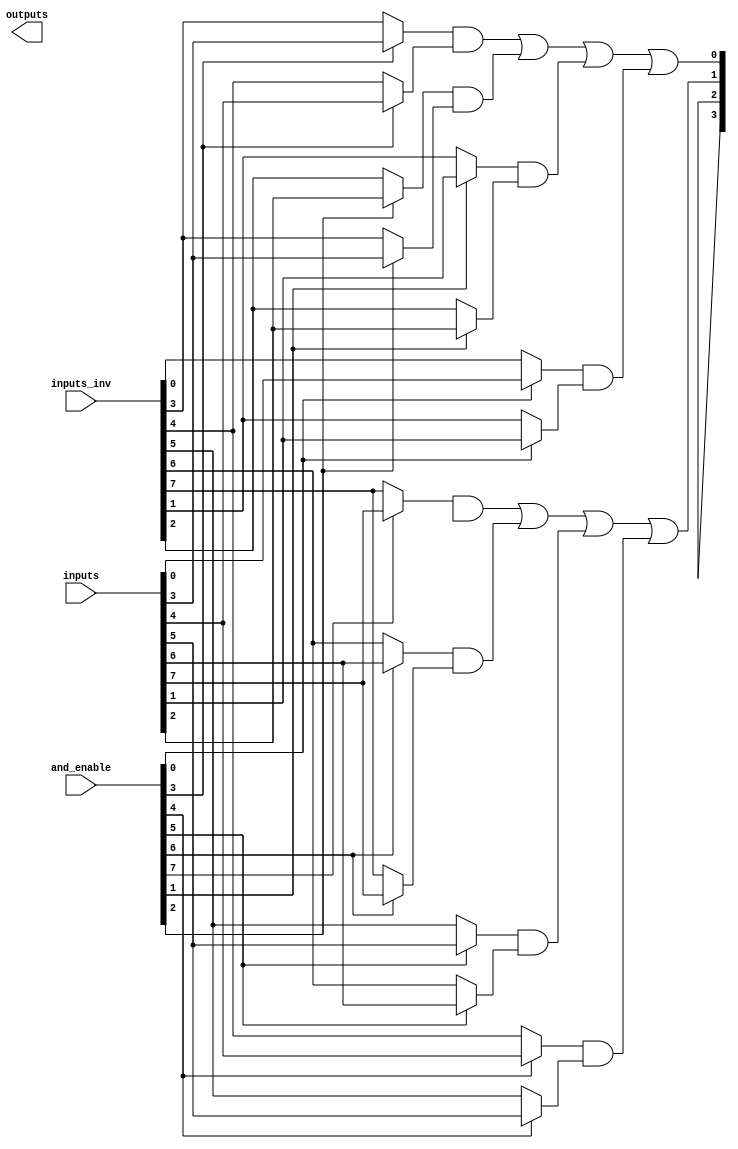
module hs_pal #(
    parameter NUM_INPUTS = 8,    // Number of inputs
    parameter NUM_AND_GATES = 16, // Number of programmable AND gates
    parameter NUM_OR_GATES = 4    // Number of fixed OR gates
)(
    input wire [NUM_INPUTS-1:0] inputs, // Input signals (A, B, C, ...)
    input wire [NUM_INPUTS-1:0] inputs_inv, // Inverted inputs
    input wire [NUM_AND_GATES-1:0] and_enable, // Configuration for AND gates
    output wire [NUM_OR_GATES-1:0] outputs // Output signals
);

// Programmable AND array
wire [NUM_AND_GATES-1:0] and_outputs; // Outputs from AND gates

genvar i, j;

// Generate programmable AND gates
generate
    for (i = 0; i < NUM_AND_GATES; i = i + 1) begin : and_gate
        wire and_input1 = (and_enable[i]) ? inputs[i] : inputs_inv[i];
        wire and_input2 = (and_enable[i]) ? inputs[i + 1] : inputs_inv[i + 1]; // Example for two inputs per AND gate
        assign and_outputs[i] = and_input1 & and_input2;
    end
endgenerate

// Fixed OR array
wire [NUM_OR_GATES-1:0] or_inputs[NUM_AND_GATES-1:0]; // Connections to OR gates

// Connect AND outputs to OR inputs (example configuration)
assign or_inputs[0] = {and_outputs[0], and_outputs[1], and_outputs[2], and_outputs[3]};
assign or_inputs[1] = {and_outputs[4], and_outputs[5], and_outputs[6], and_outputs[7]};
assign or_inputs[2] = {and_outputs[8], and_outputs[9], and_outputs[10], and_outputs[11]};
assign or_inputs[3] = {and_outputs[12], and_outputs[13], and_outputs[14], and_outputs[15]};

// Generate fixed OR gates
generate
    for (j = 0; j < NUM_OR_GATES; j = j + 1) begin : or_gate
        assign outputs[j] = or_inputs[j][0] | or_inputs[j][1] | or_inputs[j][2] | or_inputs[j][3];
    end
endgenerate

endmodule